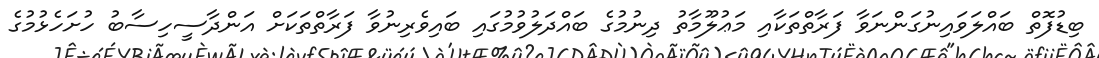
ބިޑުފޮތް ބައްލަވައިނުގަންނަވާ ފަރާތްތަކާއި މަޢުލޫމާތު ދިނުމުގެ ބައްދަލުވުމުގައި ބައިވެރިނުވާ ފަރާތްތަކަށް އަންދާސީހިސާބު ހުށަހެޅުމުގެ